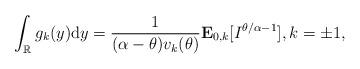
LaTeX: \begin{align*}\int_{\mathbb{R}}g_k(y){\rm d}y=\frac{1}{ (\alpha -\theta)v_k(\theta)}\mathbf{E}_{0,k} [I^{\theta/\alpha-1} ], k=\pm1,\end{align*}